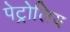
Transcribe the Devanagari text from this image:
पेट्रोलिय